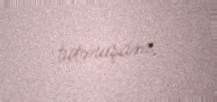
tutmuşam.